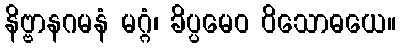
နိဗ္ဗာနဂမနံ မဂ္ဂံ၊ ခိပ္ပမေဝ ဝိသောဓယေ။